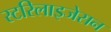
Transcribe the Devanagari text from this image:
स्टरिलाइजेसन